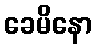
ခေမိနော